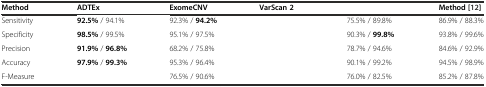
<table><thead><tr><td><b>Method</b></td><td><b>ADTEx</b></td><td><b>ExomeCNV</b></td><td><b>VarScan 2</b></td><td>[EMPTY_CELL]</td><td><b>Method [[12]]</b></td></tr></thead><tbody><tr><td>Sensitivity</td><td><b>92.5%</b> / 94.1%</td><td>92.3% / <b>94.2%</b></td><td>[EMPTY_CELL]</td><td>75.5% / 89.8%</td><td>86.9% / 88.3%</td></tr><tr><td>Specificity</td><td><b>98.5%</b> / 99.5%</td><td>95.1% / 97.5%</td><td>[EMPTY_CELL]</td><td>90.3% / <b>99.8%</b></td><td>93.8% / 99.6%</td></tr><tr><td>Precision</td><td><b>91.9%</b> / <b>96.8%</b></td><td>68.2% / 75.8%</td><td>[EMPTY_CELL]</td><td>78.7% / 94.6%</td><td>84.6% / 92.9%</td></tr><tr><td>Accuracy</td><td><b>97.9%</b> / <b>99.3%</b></td><td>95.3% / 96.4%</td><td>[EMPTY_CELL]</td><td>90.1% / 99.2%</td><td>94.5% / 98.9%</td></tr><tr><td>F-Measure</td><td>[EMPTY_CELL]</td><td>76.5% / 90.6%</td><td>[EMPTY_CELL]</td><td>76.0% / 82.5%</td><td>85.2% / 87.8%</td></tr></tbody></table>